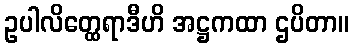
ဥပါလိတ္ထေရာဒီဟိ အဋ္ဌကထာ ဌပိတာ။